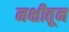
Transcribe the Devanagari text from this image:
नक्षीतून